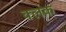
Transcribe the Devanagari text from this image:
क्लंक